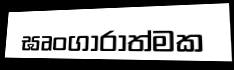
ඝෘංගාරාත්මක